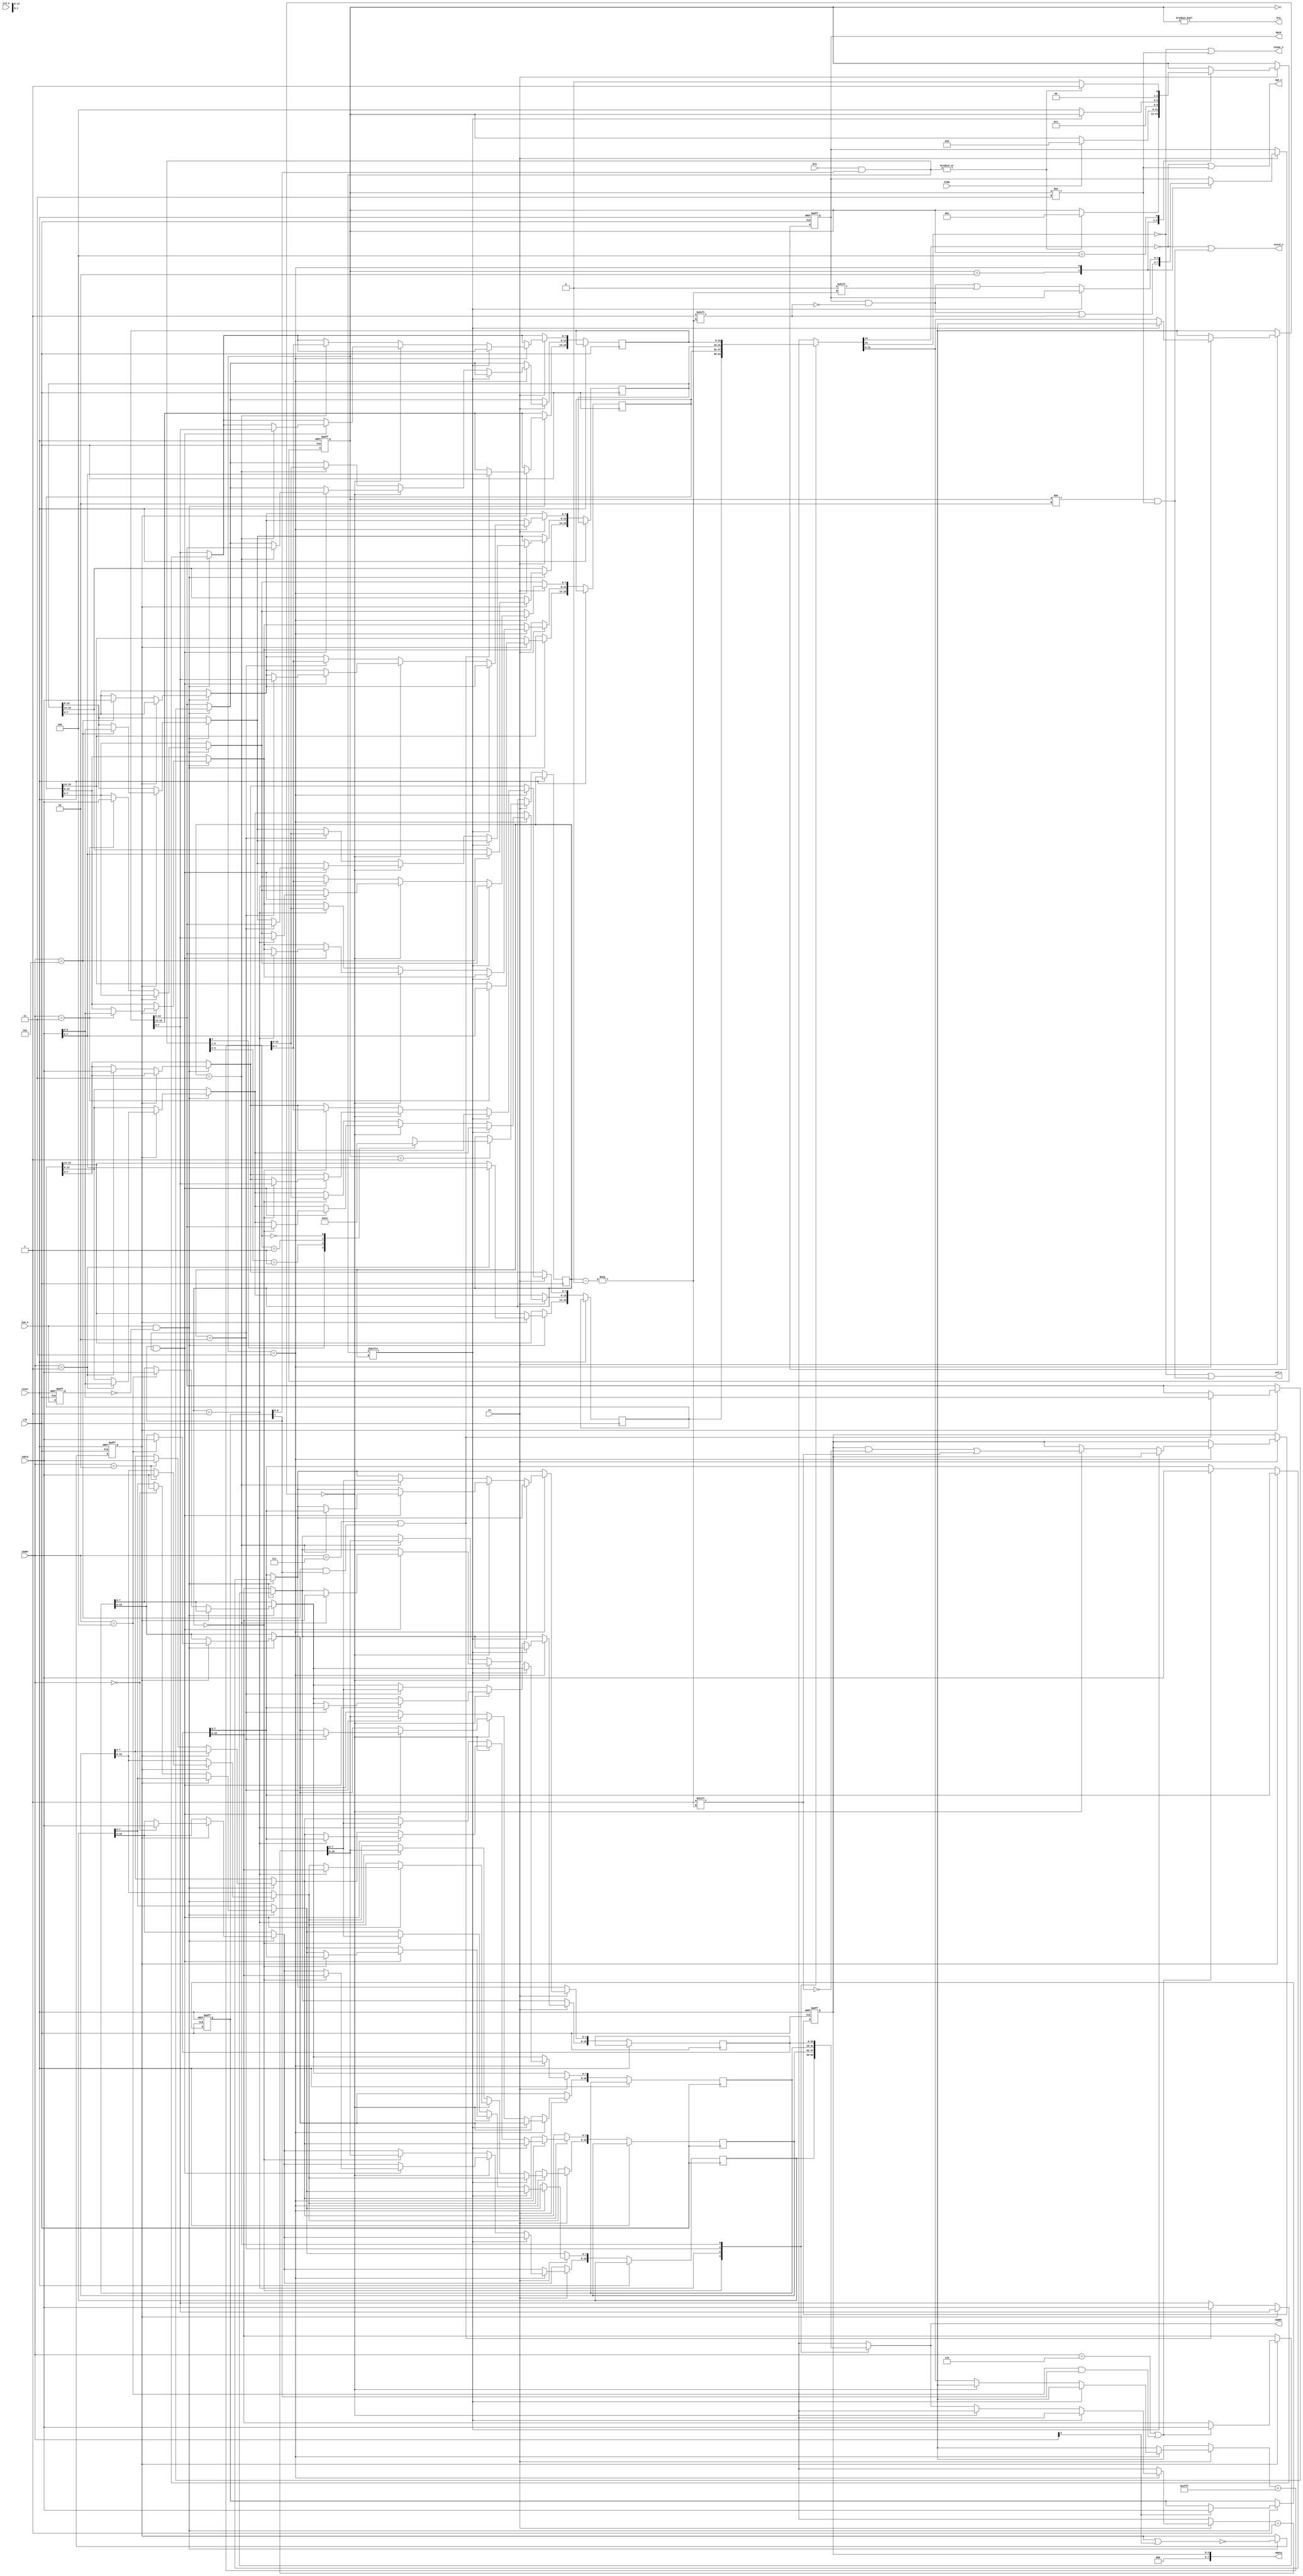
module k580wt57(
	input clk,
	input ce,
	input reset,
	input[3:0] iaddr,
	input[7:0] idata,
	input[3:0] drq,
	input iwe_n,
	input ird_n,
	input hlda,
	output hrq,
	output reg[3:0] dack,
	output[7:0] odata,
	output[15:0] oaddr,
	output owe_n,
	output ord_n,
	output oiowe_n,
	output oiord_n );

parameter ST_IDLE = 3'b000;
parameter ST_WAIT = 3'b001;
parameter ST_T1   = 3'b010;
parameter ST_T2   = 3'b011;
parameter ST_T3   = 3'b100;
parameter ST_T4   = 3'b101;
parameter ST_T5   = 3'b110;
parameter ST_T6   = 3'b111;

reg[2:0] state;
reg[1:0] channel;
reg[7:0] mode;
reg[4:0] chstate;
reg[15:0] chaddr[3:0];
reg[15:0] chtcnt[3:0];
reg ff,exiwe_n;

assign hrq = state!=ST_IDLE;
assign odata = {3'b0,chstate};
assign oaddr = chaddr[channel];
assign owe_n = chtcnt[channel][14]==0 || state!=ST_T2;
assign ord_n = chtcnt[channel][15]==0 || (state!=ST_T1 && state!=ST_T2);
assign oiowe_n = chtcnt[channel][15]==0 || state!=ST_T2;
assign oiord_n = chtcnt[channel][14]==0 || (state!=ST_T1 && state!=ST_T2);

wire[3:0] mdrq = drq & mode[3:0];

always @(posedge clk or posedge reset) begin
	if (reset) begin
		state <= 0; ff <= 0; mode <= 0; exiwe_n <= 1'b1;
		chstate <= 0; dack <= 0;
	end else begin
		exiwe_n <= iwe_n;
		if (iwe_n && ~exiwe_n) begin
			ff <= ~(ff|iaddr[3]);
			if (ff) begin
				if(iaddr==4'b0000) chaddr[0][15:8] <= idata;
				if(iaddr==4'b0001) chtcnt[0][15:8] <= idata;
				if(iaddr==4'b0010) chaddr[1][15:8] <= idata;
				if(iaddr==4'b0011) chtcnt[1][15:8] <= idata;
				if(iaddr==4'b0100) chaddr[2][15:8] <= idata;
				if(iaddr==4'b0101) chtcnt[2][15:8] <= idata;
				if(iaddr==4'b0110 || (iaddr==4'b0100 && mode[7]==1'b1)) chaddr[3][15:8] <= idata;
				if(iaddr==4'b0111 || (iaddr==4'b0101 && mode[7]==1'b1)) chtcnt[3][15:8] <= idata;
			end else begin
				if(iaddr==4'b0000) chaddr[0][7:0] <= idata;
				if(iaddr==4'b0001) chtcnt[0][7:0] <= idata;
				if(iaddr==4'b0010) chaddr[1][7:0] <= idata;
				if(iaddr==4'b0011) chtcnt[1][7:0] <= idata;
				if(iaddr==4'b0100) chaddr[2][7:0] <= idata;
				if(iaddr==4'b0101) chtcnt[2][7:0] <= idata;
				if(iaddr==4'b0110 || (iaddr==4'b0100 && mode[7]==1'b1)) chaddr[3][7:0] <= idata;
				if(iaddr==4'b0111 || (iaddr==4'b0101 && mode[7]==1'b1)) chtcnt[3][7:0] <= idata;
			end
			if (iaddr[3]) mode <= idata;
		end
		if (ce) begin
			case (state)
			ST_IDLE: begin
				if (|mdrq) state <= ST_WAIT;
			end
			ST_WAIT: begin
				if (hlda) state <= ST_T1;
				casex (mdrq[3:1])
				3'b1xx: channel <= 2'b11;
				3'b01x: channel <= 2'b10;
				3'b001: channel <= 2'b01;
				3'b000: channel <= 2'b00;
				endcase
			end
			ST_T1: begin
				state <= ST_T2;
				dack[channel] <= 1'b1;
			end
			ST_T2: begin
				if (mdrq[channel]==0) begin
					dack[channel] <= 0;
					if (chtcnt[channel][13:0]==0) begin
						chstate[channel] <= 1'b1;
						if (mode[7]==1'b1 && channel==2'b10) begin
							chaddr[channel] <= chaddr[2'b11];
							chtcnt[channel][13:0] <= chtcnt[2'b11][13:0];
						end
					end else begin
						chaddr[channel] <= chaddr[channel]+1'b1;
						chtcnt[channel][13:0] <= chtcnt[channel][13:0]+14'h3FFF;
					end
					state <= ST_T3;
				end
			end
			ST_T3: begin
				state <= |mdrq ? ST_WAIT : ST_IDLE;
			end
			endcase
		end
	end
end

endmodule